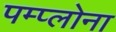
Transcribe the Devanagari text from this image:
पम्प्लोना